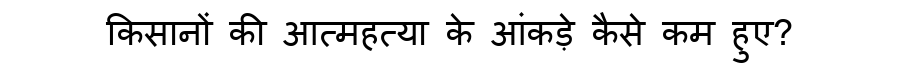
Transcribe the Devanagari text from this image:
किसानों की आत्महत्या के आंकड़े कैसे कम हुए?